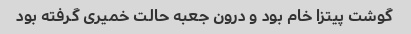
گوشت پیتزا خام بود و درون جعبه حالت خمیری گرفته بود